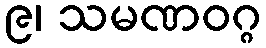
၉၊ သမဏဝဂ္ဂ